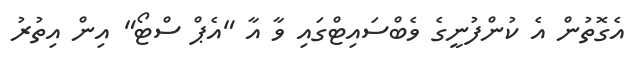
އެގޮތުން އެ ކުންފުނީގެ ވެބްސައިޓްގައި ވާ އާ "އެޕް ސްޓޯ" އިން އިތުރު